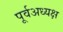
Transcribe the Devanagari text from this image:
पूर्वअध्यक्ष